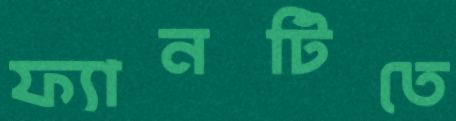
ফ্যানটিতে